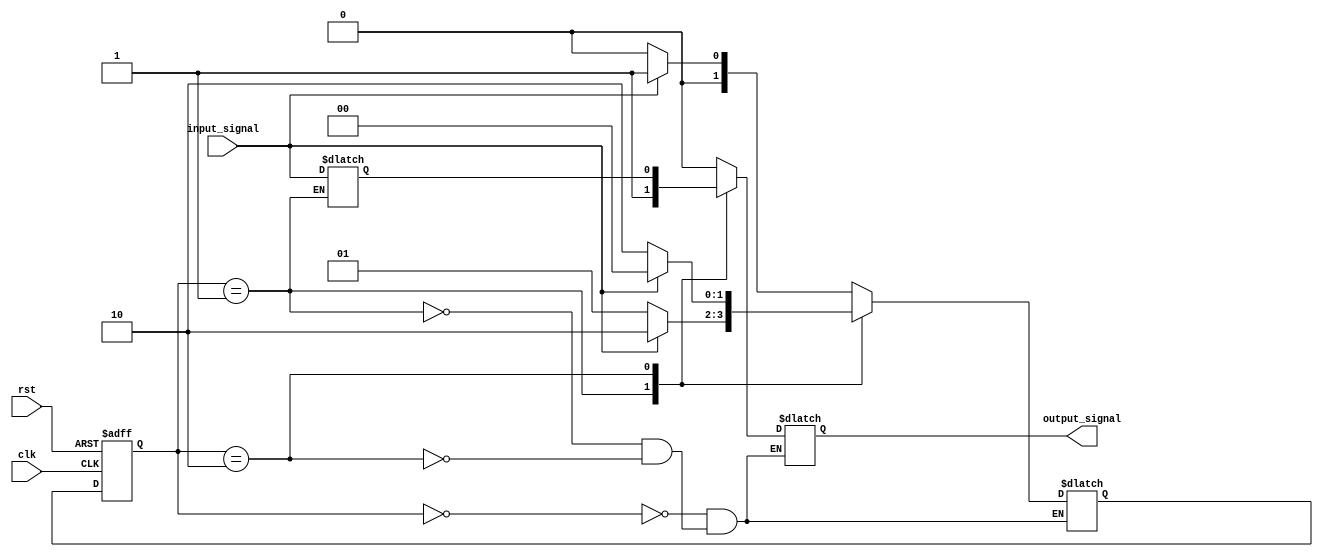
module fsm (
    input wire clk,
    input wire rst,
    input wire input_signal,
    output reg output_signal
);

// Define the states of the state machine
parameter IDLE = 2'b00;
parameter STATE1 = 2'b01;
parameter STATE2 = 2'b10;

// Define the state register
reg [1:0] current_state, next_state;

// Define the inputs and outputs
reg input_reg;

// Define the transitions between states
always @ (posedge clk or posedge rst) begin
    if (rst) begin
        current_state <= IDLE;
    end else begin
        current_state <= next_state;
    end
end

always @ (*) begin
    case (current_state)
        IDLE: begin
            if (input_signal) begin
                next_state = STATE1;
            end else begin
                next_state = IDLE;
            end
        end
        STATE1: begin
            if (input_signal) begin
                next_state = STATE2;
            end else begin
                next_state = STATE1;
            end
        end
        STATE2: begin
            if (input_signal) begin
                next_state = IDLE;
            end else begin
                next_state = STATE2;
            end
        end
    endcase
end

// Implement the logic for each state
always @ (*) begin
    case (current_state)
        IDLE: begin
            output_signal = 1'b0;
        end
        STATE1: begin
            output_signal = 1'b1;
            input_reg = input_signal;
        end
        STATE2: begin
            output_signal = input_reg;
        end
    endcase
end

endmodule